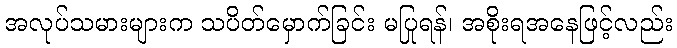
အလုပ်သမားများက သပိတ်မှောက်ခြင်း မပြုရန်၊ အစိုးရအနေဖြင့်လည်း